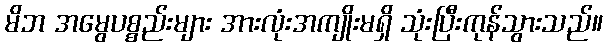
မိဘ အမွေပစ္စည်းများ အားလုံးအကျိုးမရှိ သုံးပြီးကုန်သွားသည်။